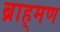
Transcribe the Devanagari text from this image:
ब्राह्‌मण